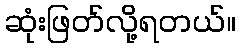
ဆုံးဖြတ်လို့ရတယ်။